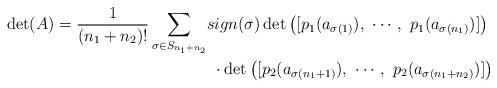
LaTeX: \begin{align*} \det(A) = \frac{1}{(n_1+n_2)!}\sum_{\sigma \in S_{n_1+n_2}} & sign(\sigma) \det \left( [p_1(a_{\sigma(1)}), \ \cdots, \ p_1(a_{\sigma(n_1)})] \right) \\ & \ \cdot \det \left( [p_2(a_{\sigma(n_1+1)}), \ \cdots, \ p_2(a_{\sigma(n_1+n_2)})] \right)\end{align*}